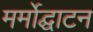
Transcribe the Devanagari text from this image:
मर्मोद्घाटन